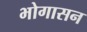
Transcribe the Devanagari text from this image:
भोगासन